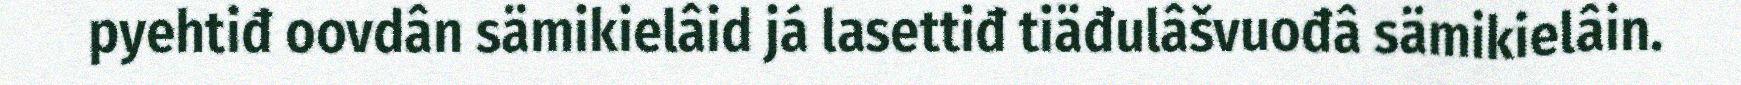
pyehtiđ oovdân sämikielâid já lasettiđ tiäđulâšvuođâ sämikielâin.